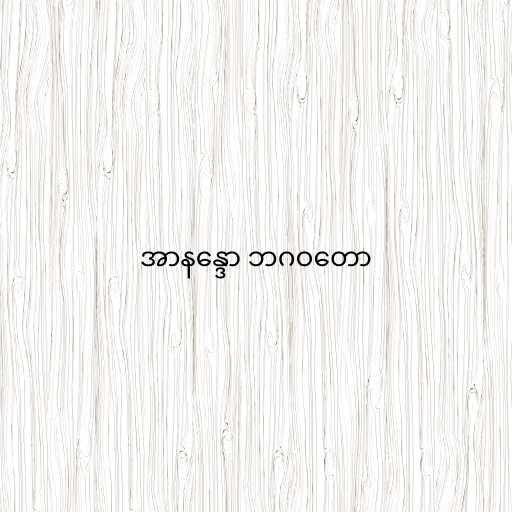
အာနန္ဒော ဘဂဝတော